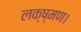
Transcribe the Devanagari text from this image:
लक्ष्मण।